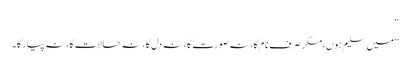
“
”میں سلیم ہوں، مگر صرف نام کا، نہ صورت کا، نہ دل کا، نہ حالات کا، نہ پیار کا۔